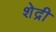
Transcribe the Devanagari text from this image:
शेद्री